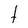
Character: t